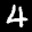
Label: 4